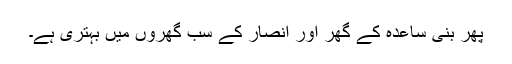
پھر بنی ساعدہ کے گھر اور انصار کے سب گھروں میں بہتری ہے۔